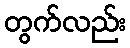
တွက်လည်း